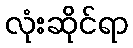
လုံးဆိုင်ရာ